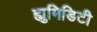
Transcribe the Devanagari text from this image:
ह्युमिडिटी